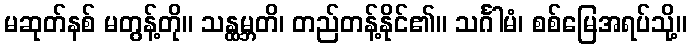
မဆုတ်နစ် မတွန့်တို။ သန္ထမ္ဘတိ၊ တည်တန့်နိုင်၏။ သင်္ဂါမံ၊ စစ်မြေအရပ်သို့။